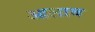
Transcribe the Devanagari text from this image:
आलाब